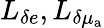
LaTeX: L_{\delta e},L_{\delta\mu_{\mathrm{a}}}